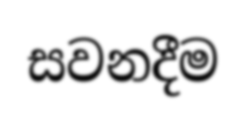
සවනදීම